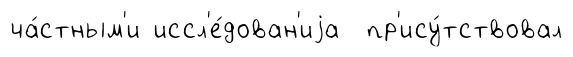
ча́стным'и иссл'е́дован'иjа пр'ису́тствовал